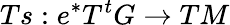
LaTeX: Ts:e^{*}T^{t}G\rightarrow TM